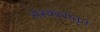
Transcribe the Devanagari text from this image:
संस्कारांतून